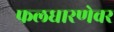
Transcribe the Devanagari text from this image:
फलधारणेवर